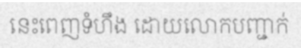
នេះពេញទំហឹង ដោយលោកបញ្ជាក់